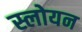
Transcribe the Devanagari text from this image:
स्लोयन